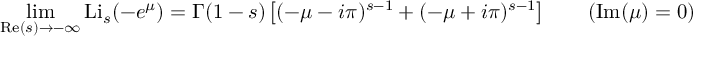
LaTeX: \operatorname* { l i m } _ { \operatorname { R e } ( s ) \to - \infty } \operatorname { L i } _ { s } ( - e ^ { \mu } ) = \Gamma ( 1 - s ) \left[ ( - \mu - i \pi ) ^ { s - 1 } + ( - \mu + i \pi ) ^ { s - 1 } \right] \qquad ( \operatorname { I m } ( \mu ) = 0 )